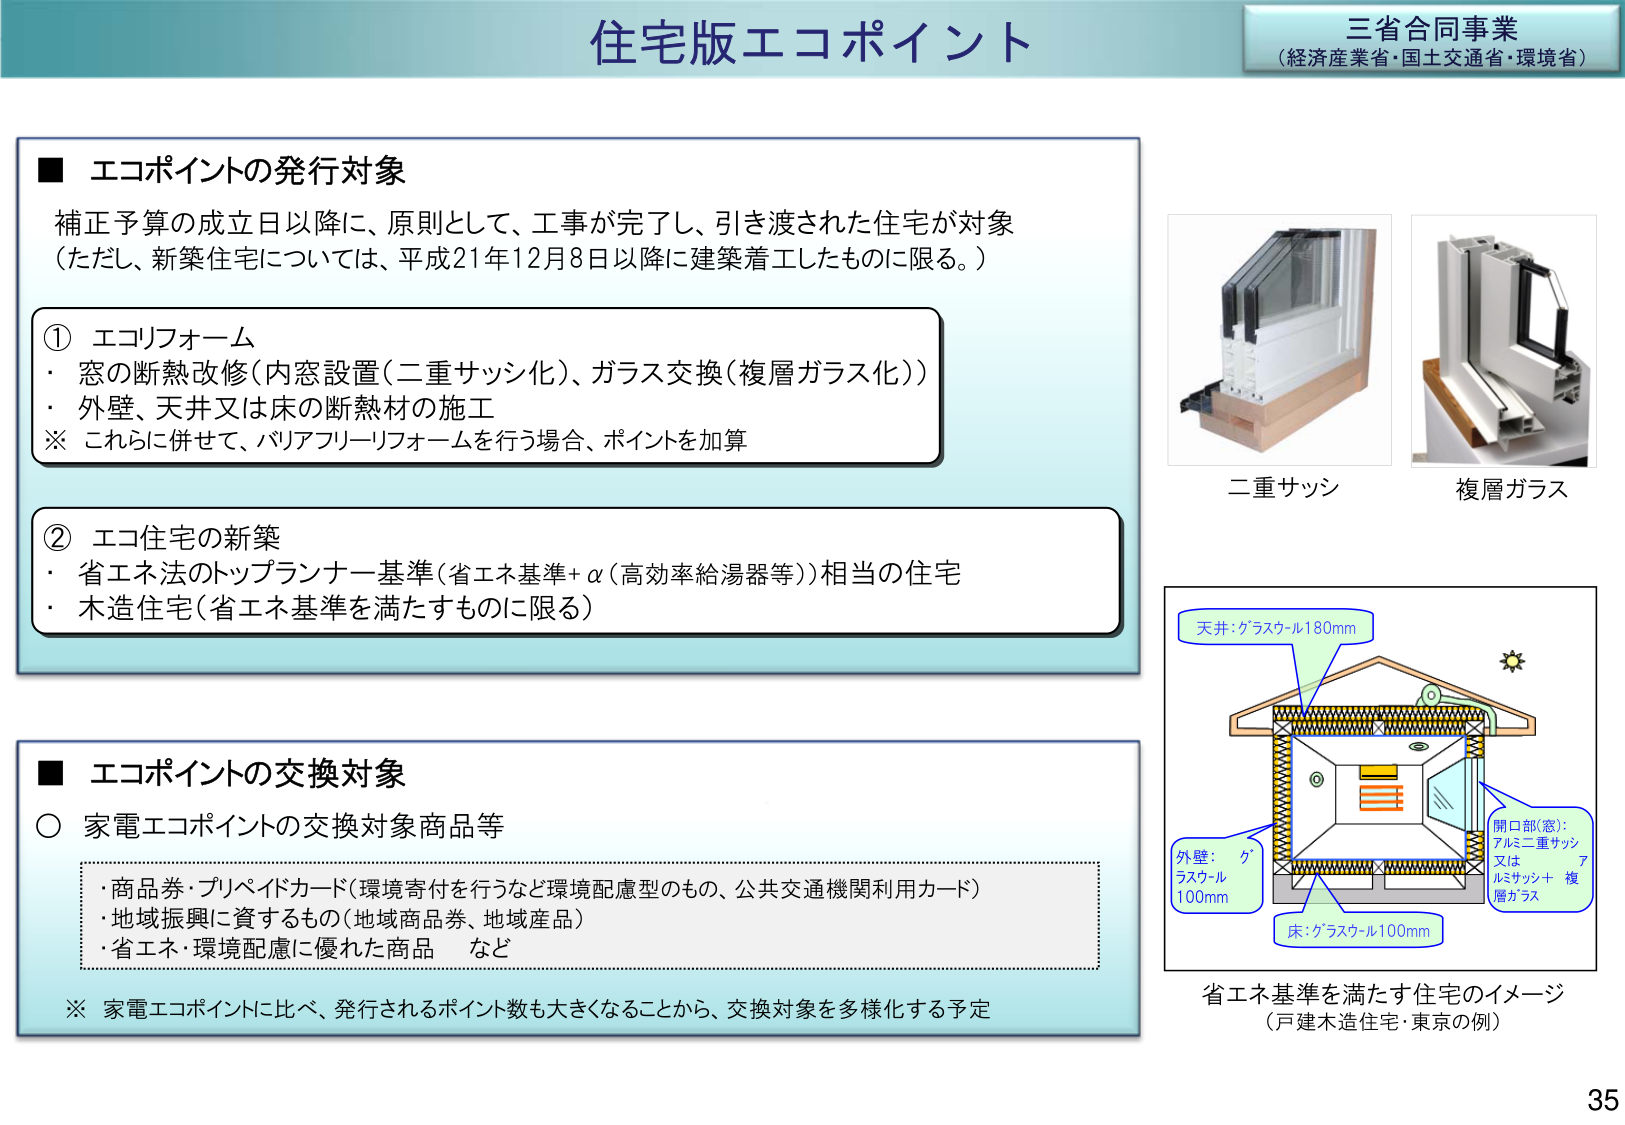
住宅版エコポイント

三省合同事業
（経済産業省・国土交通省・環境省）

■ エコポイントの発行対象
補正予算の成立日以降に、原則として、工事が完了し、引き渡された住宅が対象
（ただし、新築住宅については、平成21年12月8日以降に建築着工したものに限る。）

① エコリフォーム
・窓の断熱改修（内窓設置（二重サッシ化）、ガラス交換（複層ガラス化））
・外壁、天井又は床の断熱材の施工
※ これに併せて、バリアフリーリフォームを行う場合、ポイントを加算

② エコ住宅の新築
・省エネ法のトップランナー基準（省エネ基準＋α（高効率給湯器等））相当の住宅
・木造住宅（省エネ基準を満たすものに限る）

■ エコポイントの交換対象
○ 家電エコポイントの交換対象商品等
・商品券・プリペイドカード（環境寄付を行うなど環境配慮型のもの、公共交通機関利用カード）
・地域振興に資するもの（地域商品券、地域産品）
・省エネ・環境配慮に優れた商品　など
※ 家電エコポイントに比べ、発行されるポイント数も大きくなることから、交換対象を多様化する予定

二重サッシ
複層ガラス

天井：グラスウール180mm
外壁：グラスウール100mm
床：グラスウール100mm
開口部（窓）：アルミ二重サッシ又はルミサッシ＋複層ガラス

省エネ基準を満たす住宅のイメージ
（戸建木造住宅・東京の例）

35